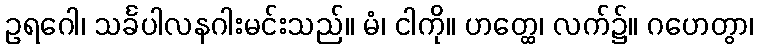
ဥရဂေါ၊ သင်္ခပါလနဂါးမင်းသည်။ မံ၊ ငါကို။ ဟတ္ထေ၊ လက်၌။ ဂဟေတွာ၊